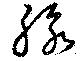
脉